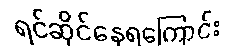
ရင်ဆိုင်နေရကြောင်း